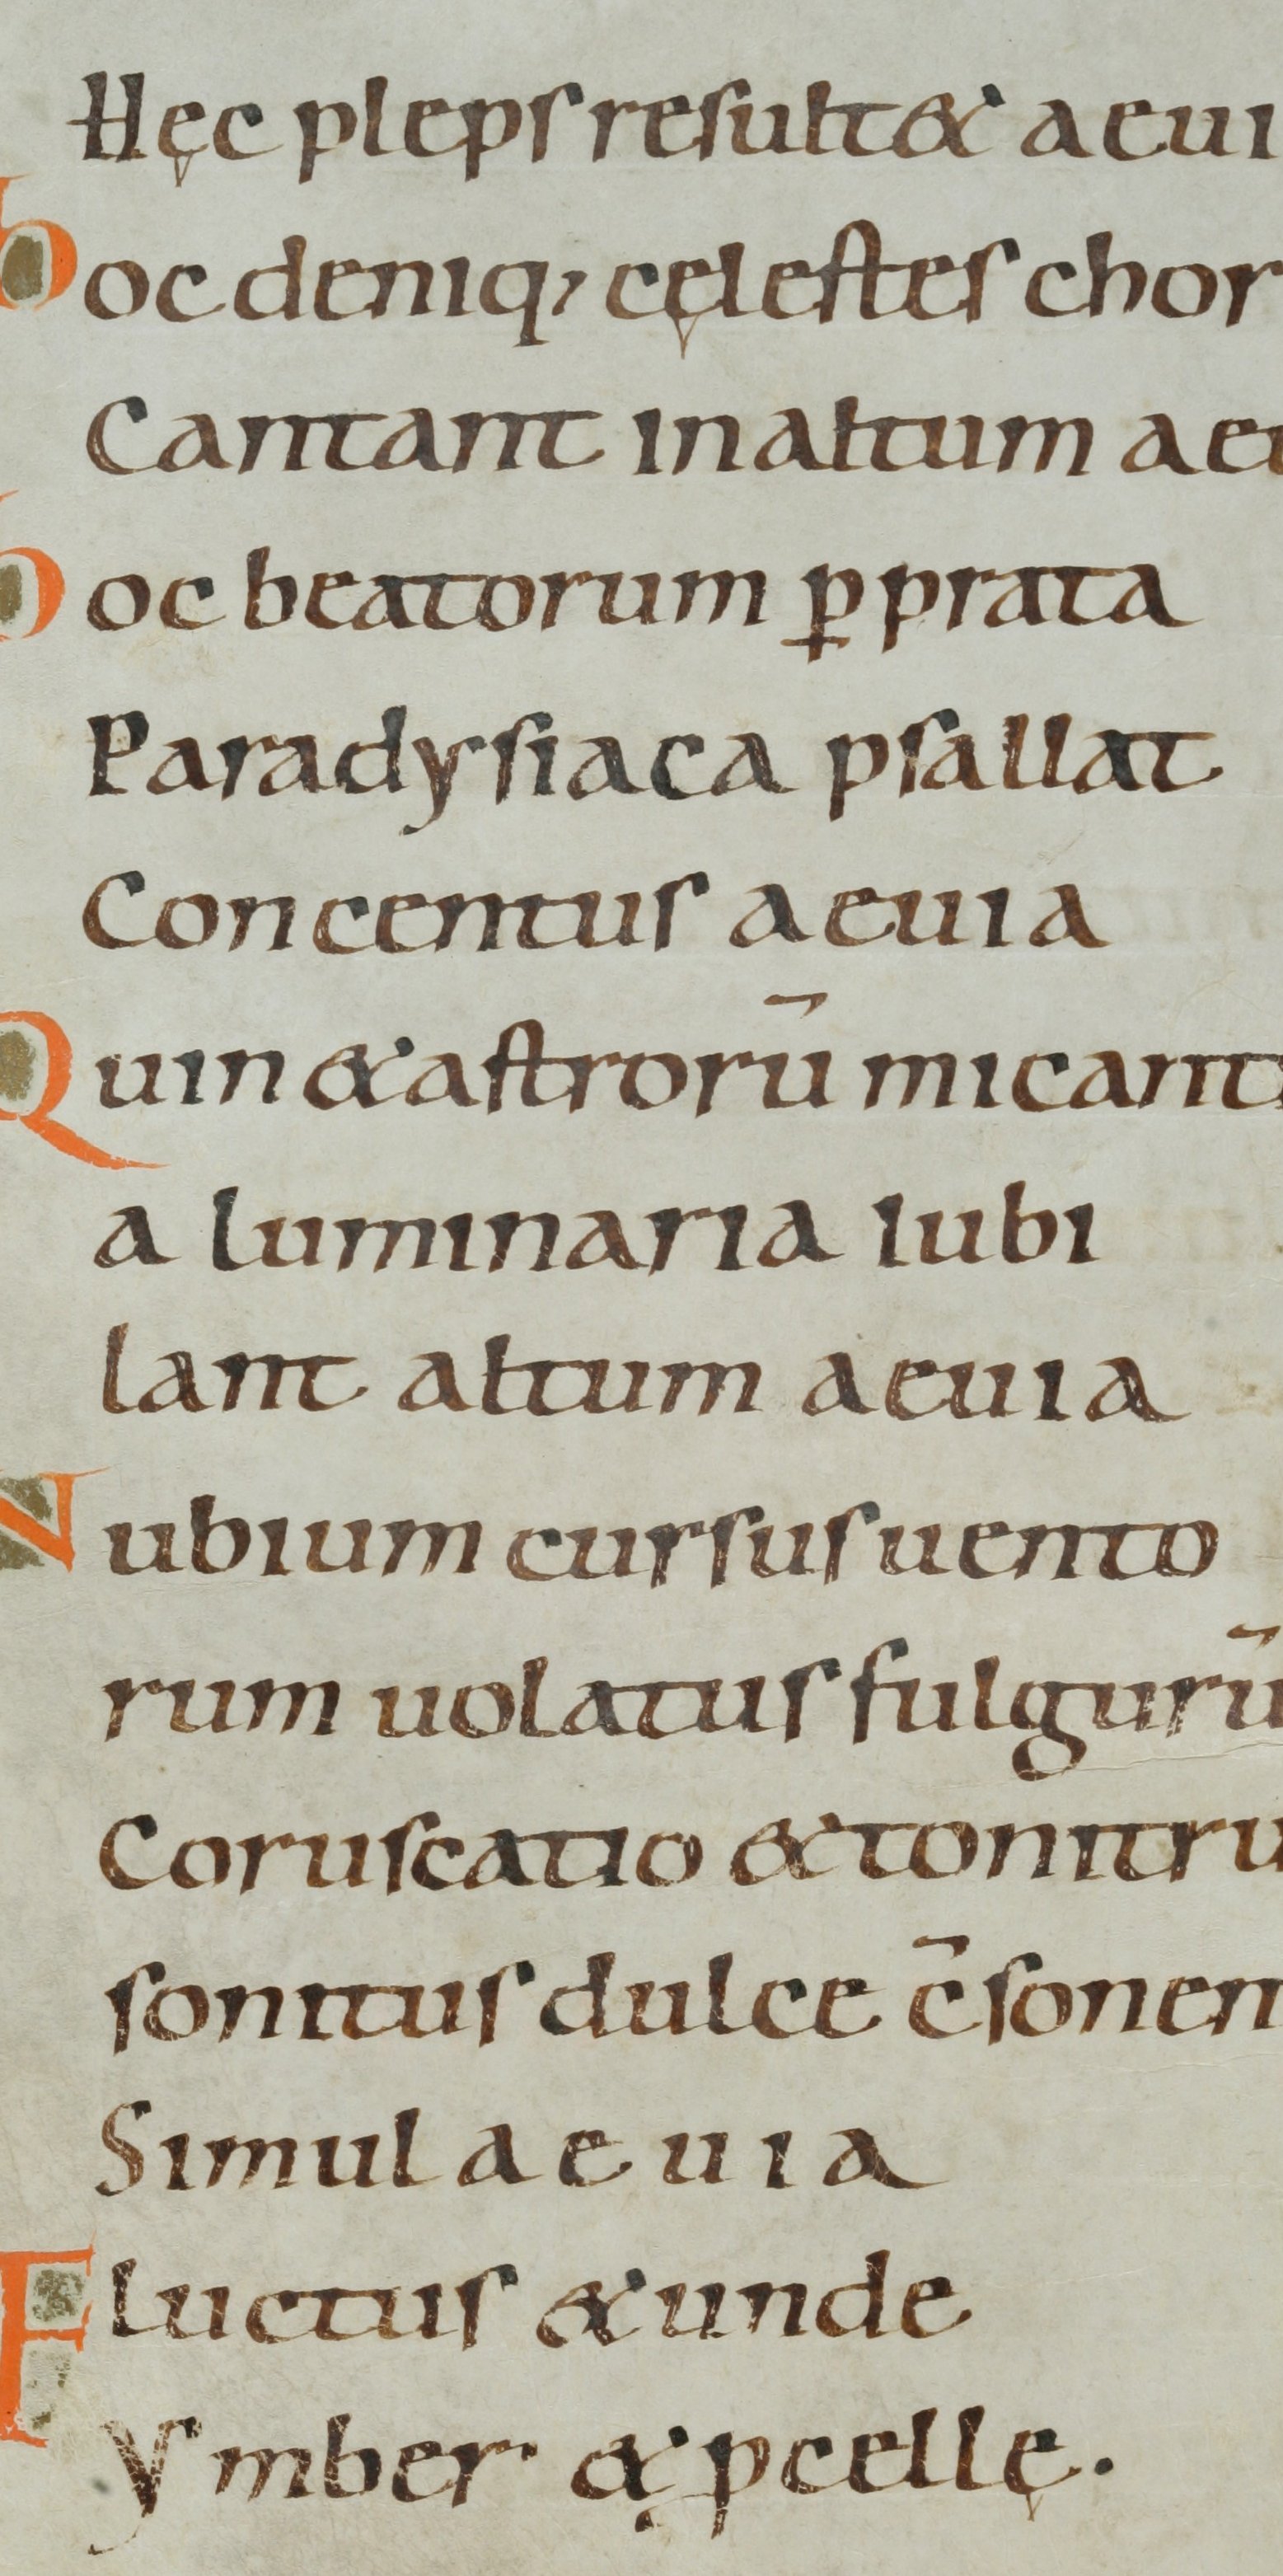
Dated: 1000–1099